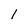
Character: 1